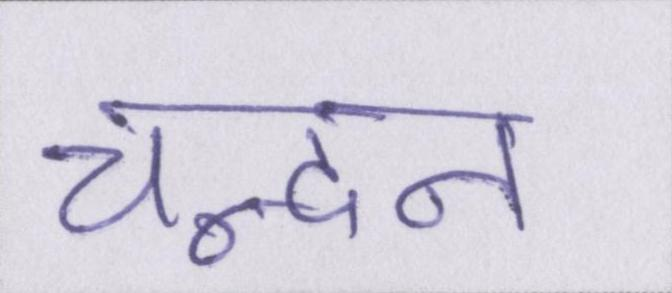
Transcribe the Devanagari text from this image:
चन्दन